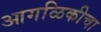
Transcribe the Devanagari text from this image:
आगळिकीचा